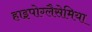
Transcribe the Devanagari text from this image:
हाइपोग्लैसेमिया